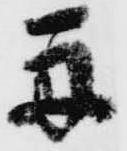
舟